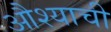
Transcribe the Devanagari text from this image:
औश्याची